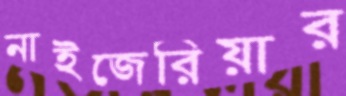
নাইজেরিয়ার